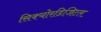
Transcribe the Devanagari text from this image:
सिक्योरडिजिटल